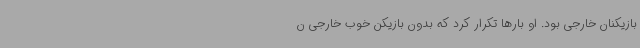
بازیکنان خارجی بود. او بارها تکرار کرد که بدون بازیکن خوب خارجی ن